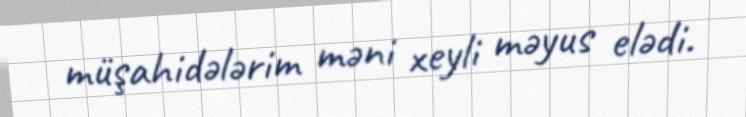
müşahidələrim məni xeyli məyus elədi.